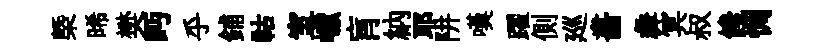
㮣晞樊眄乎鋪祜室巘肓納耶阱嘆躍側廵畵彜冥叔饞惆